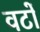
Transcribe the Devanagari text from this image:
वटों